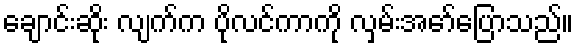
ချောင်းဆိုး လျက်က ပိုလင်ကာကို လှမ်းအော်ပြောသည်။